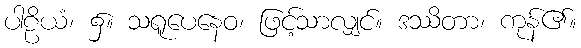
ပါဠိယံ၊ ၌။ သရူပေနေဝ၊ ဖြင့်သာလျှင်။ ဒဿိတာ၊ ကုန်၏။